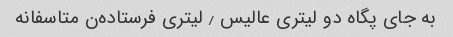
به جای پگاه دو لیتری عالیس ٫ لیتری فرستاده‌ن متاسفانه